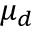
\mu _ { d }